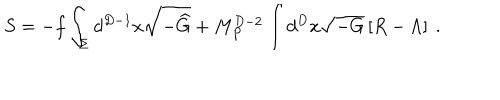
S = - f \int _ { \Sigma } d ^ { D - 1 } x \sqrt { - { \widehat G } } + M _ { P } ^ { D - 2 } \int d ^ { D } x \sqrt { - G } \left[ R - \Lambda \right] ~ .